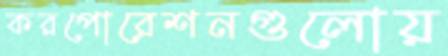
করপোরেশনগুলোয়